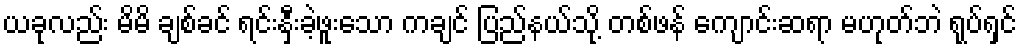
ယခုလည်း မိမိ ချစ်ခင် ရင်းနှီးခဲ့ဖူးသော ကချင် ပြည်နယ်သို့ တစ်ဖန် ကျောင်းဆရာ မဟုတ်ဘဲ ရုပ်ရှင်